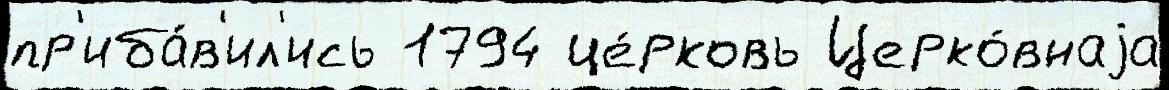
пр'иба́в'ил'ись 1794 це́рковь Церко́внаjа